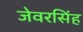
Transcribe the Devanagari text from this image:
जेवरसिंह